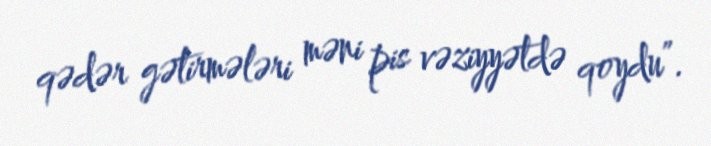
qədər gətirmələri məni pis vəziyyətdə qoydu”.